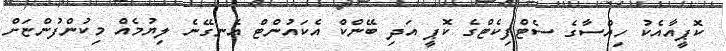
ކޮޕީއާއެކު ހިއްސާގެ ސެޓްފިކެޓްގެ ކޮޕީ އަދި ބޭންކް އެކައުންޓް އެނގޭނެ ލިޔުމެއް މިކުންފުންޏަށް